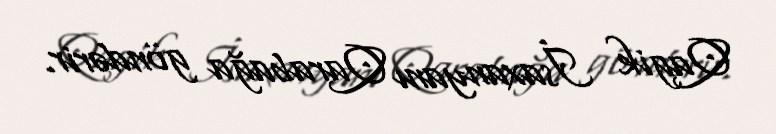
Qagik İsaxanyanı Qarabağa göndərir.